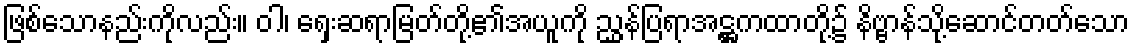
ဖြစ်သောနည်းကိုလည်း။ ဝါ၊ ရှေးဆရာမြတ်တို့၏အယူကို ညွှန်ပြရာအဋ္ဌကထာတို့၌ နိဗ္ဗာန်သို့ဆောင်တတ်သော